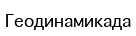
Геодинамикада